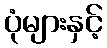
ပုံများနှင့်